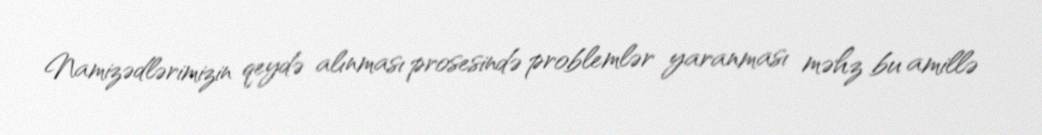
Namizədlərimizin qeydə alınması prosesində problemlər yaranması məhz bu amillə